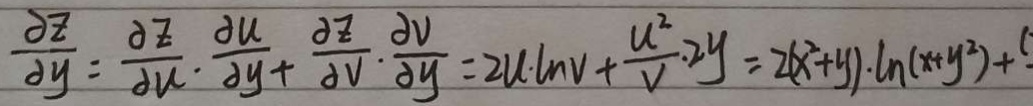
\frac { \partial z } { \partial y } = \frac { \partial z } { \partial u } \cdot \frac { \partial z } { \partial y } + \frac { \partial z } { \partial v } \cdot \frac { \partial v } { \partial y } = 2 u \cdot \ln v + \frac { u ^ { 2 } } { v } \cdot 2 y = 2 ( x ^ { 2 } + y ) \cdot \ln ( x + y ^ { 2 } ) +